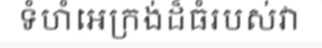
ទំហំអេក្រង់ដ៏ធំរបស់វា